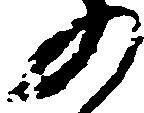
の